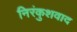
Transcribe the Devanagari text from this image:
निरंकुशवाद